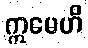
ဣမေဟိ